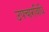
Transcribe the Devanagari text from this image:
उपचारविधि